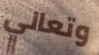
وتعالي